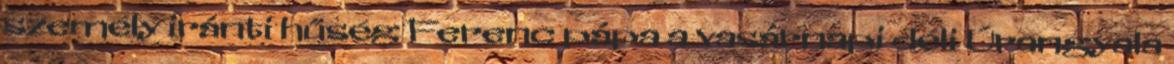
személy iránti hűség Ferenc pápa a vasárnapi déli Úrangyala